system: You are a helpful assistant.
user:
Analyze the provided spectrum to determine if it is a **S-type Star**.

- **Key Indicators for S-type Star:**

    - **(Overall Spectrum Shape):** The first and most obvious characteristic is the overall continuum (the "baseline" shape). It is **extremely "red-sloping,"** meaning the flux (light intensity) is very low on the left side (blue, ~4000-4500 Å) and rises steeply and continuously toward the right side (red, ~7000 Å+).

    - **(Primary):** The spectrum is defined by the presence of strong, broad molecular absorption "valleys" (bands) from **Zirconium Oxide (ZrO)**. The identification of these bands is the **primary requirement** for classifying a star as S-type.
        - **(Key Bandheads):** You must find distinct, deep "dips" where the light has been absorbed. The most critical band systems to locate are:
            - **~6474 Å** ($\gamma$-system): This is often the strongest and clearest ZrO feature, found in the red part of the spectrum.
            - **~5718 Å** & **~5551 Å** ($\beta$-system): A pair of prominent absorption features in the yellow-orange part of the spectrum.
            - **~4640 Å** ($\alpha$-system): A key absorption band system in the blue-green region of the spectrum.

    - **(Secondary Confirmation):** The classification is strengthened by finding additional absorption bands from other related heavy element oxides, which are expected to be present alongside ZrO.
        - **(Key Bandheads):**
            - **Yttrium Oxide (YO):** Look for absorption dips near **~4800 Å** and **~6100 Å**.
            - **Lanthanum Oxide (LaO):** Additional absorption features, particularly in the red-orange part of the spectrum, are also characteristic.

    - **(Line Profile):** The combination of the steep red continuum and these numerous, deep molecular bands (ZrO, YO, etc.) gives the entire spectrum a very **"chopped-up"** or **"bumpy"** appearance. Instead of a smooth curve, the spectrum looks as though large, wide chunks of light have been "carved out" of it at the specific wavelengths listed above.

Think first, call **spectral_visualization_tool** if needed to examine features in detail, then provide your final answer. Your response must adhere to the following strict rules:
1.  **Overall Structure:** Your response must follow the format `<think>...</think> <tool_call>...</tool_call> (if a tool is used) <answer>...</answer>`.
2.  **Tool Usage Constraint:** You may only make **one** tool call per turn.
3.  **Final Answer Format:** In the `<answer>` tag, your conclusion must be inside a `\boxed{}` command (e.g., `\boxed{YES}` or `\boxed{NO}`), followed by your justification.

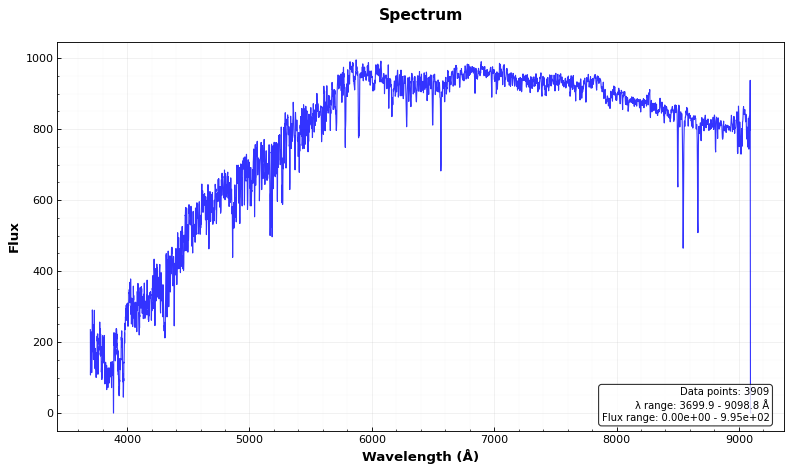
Answer: NO